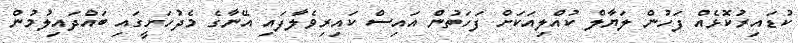
ކުޑައިރުކޮޅެއް ފަހުން ލަޔާލް ކުއްލިއަކަށް ފަހަތުން އައިސް ކައިރިވެލާފައި އޭނާގެ މެދުހަށީގައި ބައްދައިލުމުން